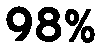
98%